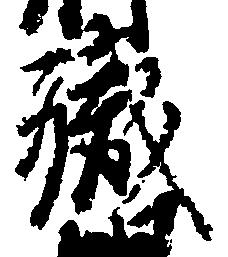
職